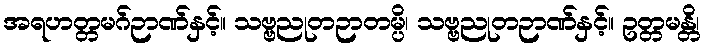
အရဟတ္တမဂ်ဉာဏ်နှင့်။ သဗ္ဗညုတဉာတမ္ပိ၊ သဗ္ဗညုတဉာဏ်နှင့်။ ဥတ္တမန္တိ၊